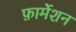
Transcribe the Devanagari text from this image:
फ़ार्मेशन